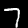
Digit: 7